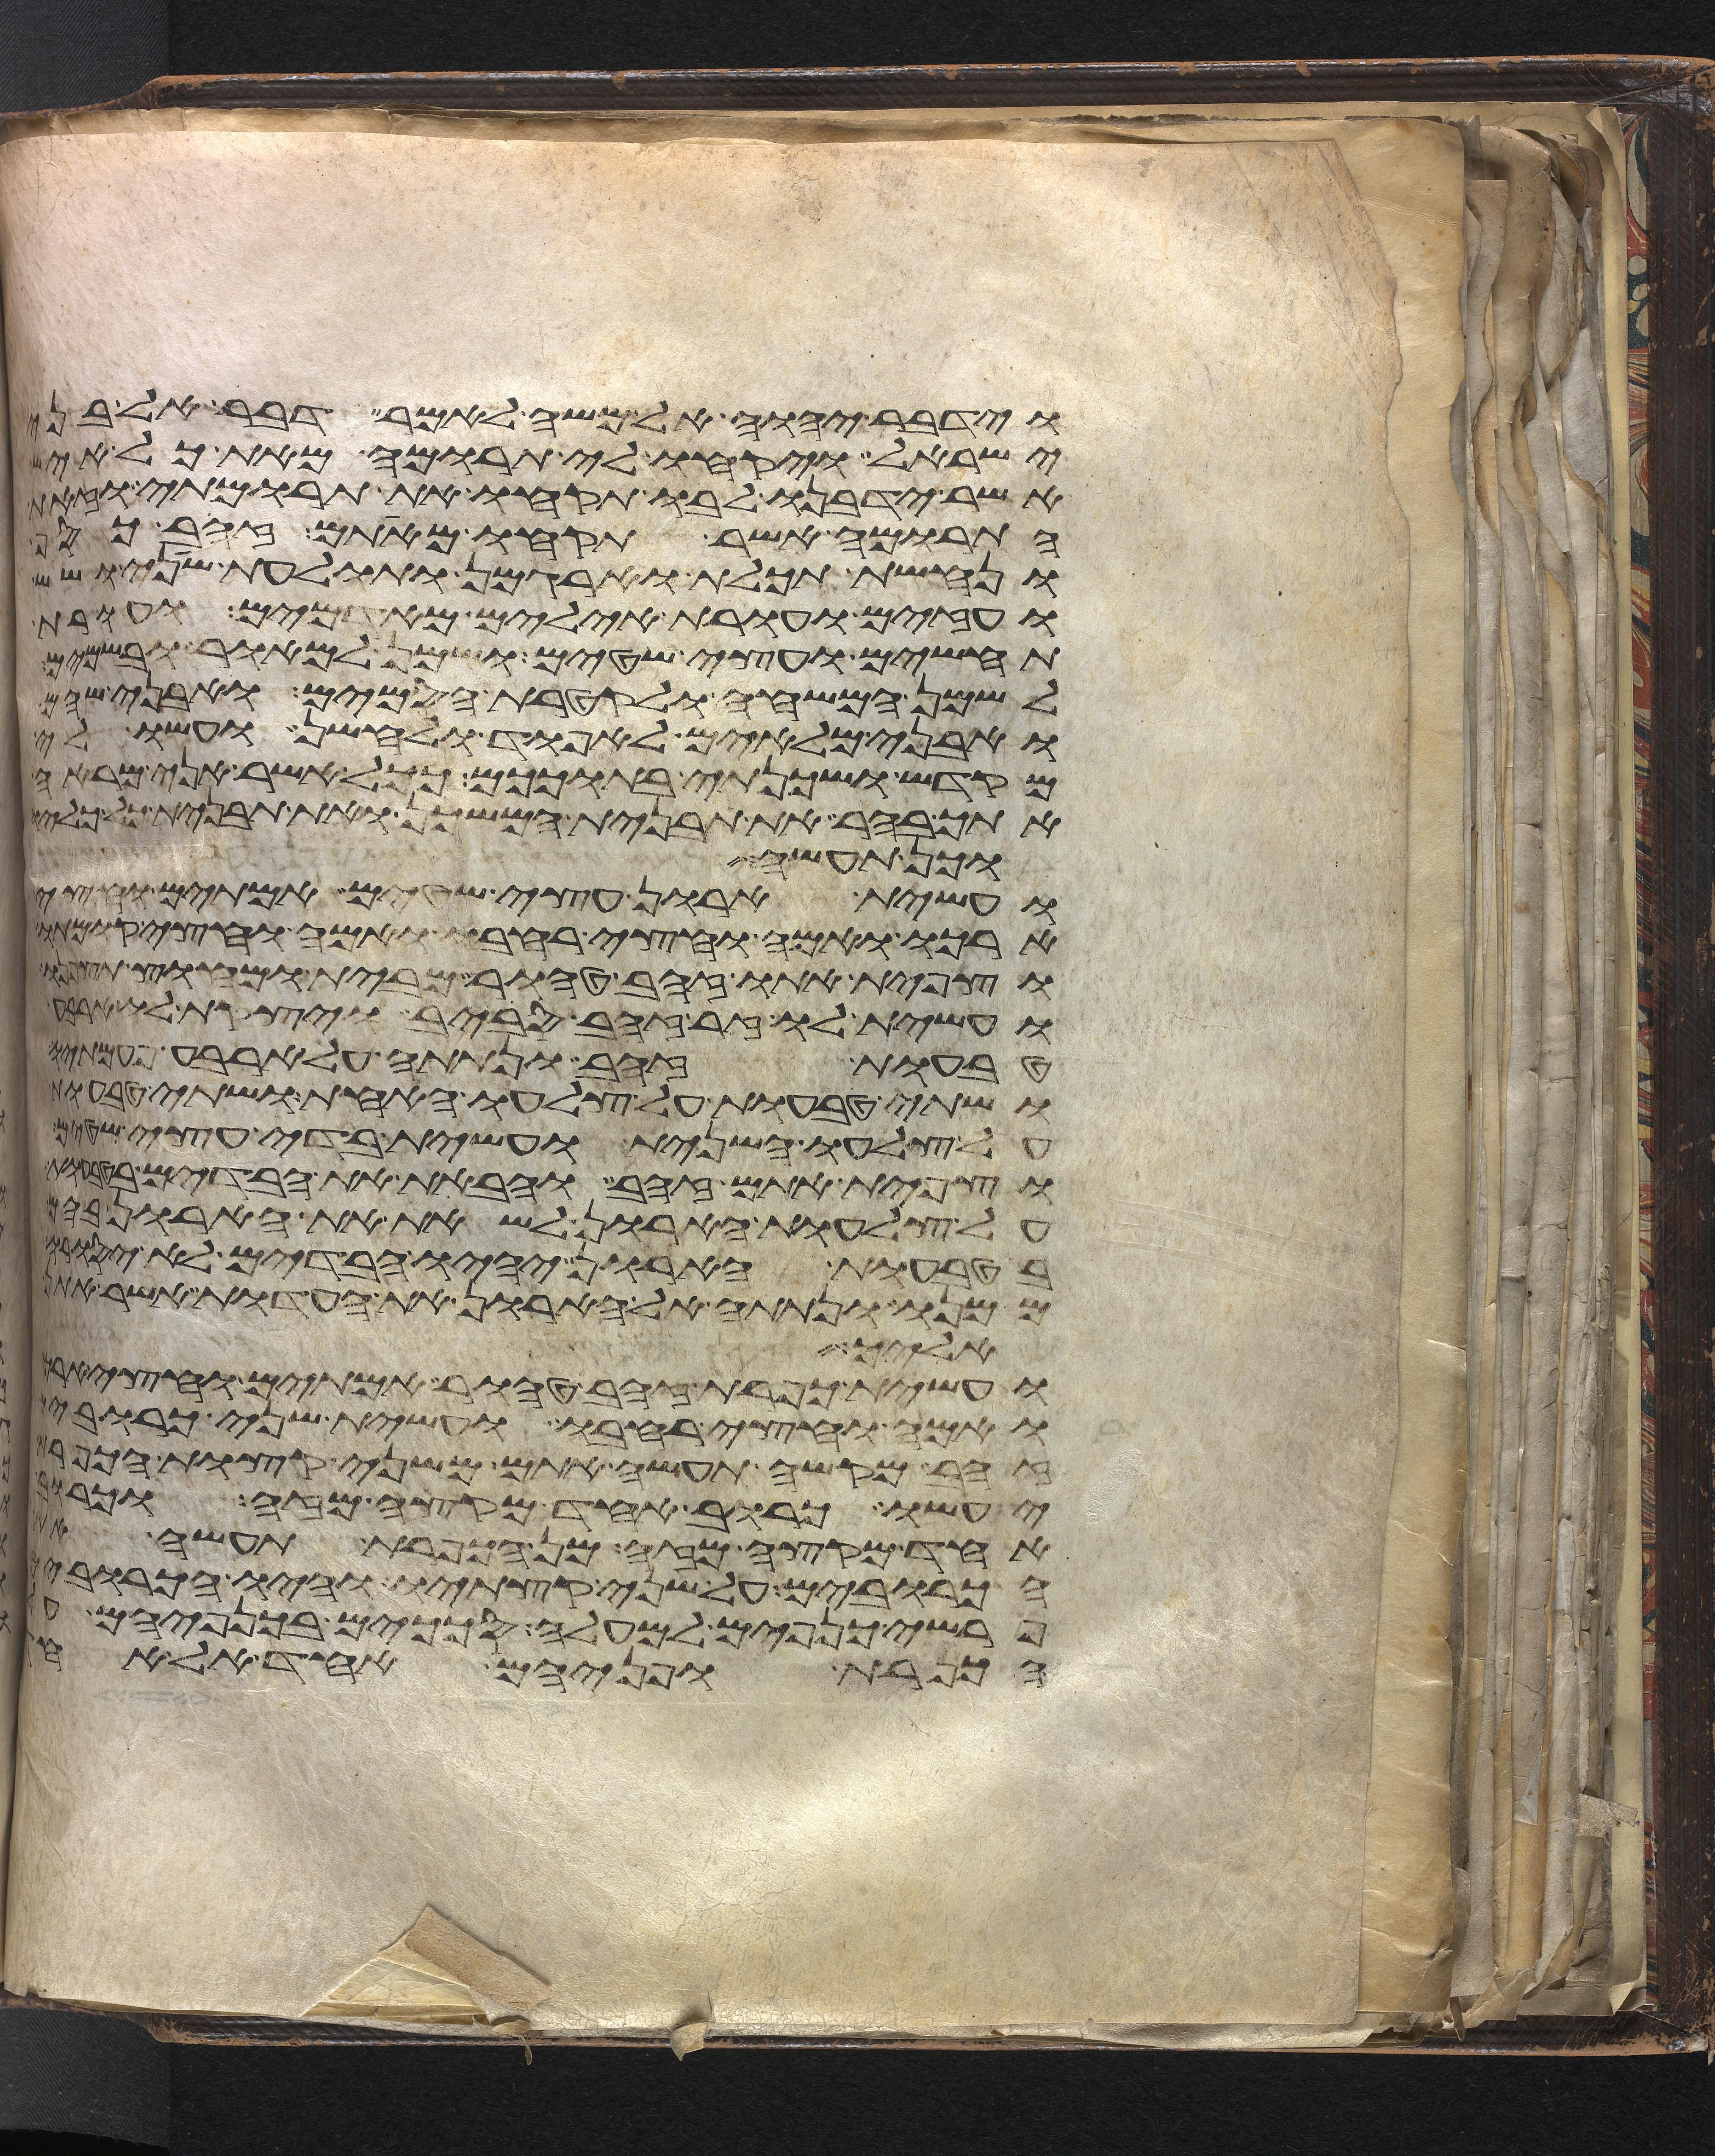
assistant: וידבר יהוה אל משה לאמר דבר אל בני
ישראל ויקחו לי תרומה מאת כל איש
אשר ידבנו לבו תקחו את תרומתי וזאת
התרומה אשר תקחו מאתם זהב כסף
ונחשת תכלת וארגמן ותולעת שני ושש
ועזים ועורת אילים מאדמים ועורת
תחשים ועצי שטים ושמן למאור ובשמים
לשמן המשחה ולקטרת הסמים ואבני שהם
ואבני מלאים לאפוד ולחשן ועשו לי
מקדש ושכנתי בתוככם ככל אשר אני מראה
אתך בהר את תבנית המשכן ואת תבנית כל כליו
וכן תעשה
ועשית ארון עצי שטים אמתים וחצי
ארכו ואמה וחצי רחבו ואמה וחצי קומתו
וצפית אתו זהב טהור מבית ומחוץ
ועשית לו זר זהב סביב ויצקת לו ארבע
טבעות זהב ונתתה על ארבע פעמתיו
ושתי טבעות על צלעו האחד ושתי טבעות
על צלעו השני ועשית בדי עצי
וצפית אתם זהב והבאת את הבדים
על צלעות הארון לשאת את הארון
בטבעות הארון יהיו הבדים לא יסורו
ממנו ונתתה אל הארון את העדות אשר אתן
אליך
ועשית כפרת זהב טהור אמתים וחצי
ואמה וחצי רחבו ועשית שני כרובים
זהב מקשה תעשה אתם משני קצות הכפרת
יעשו כרוב אחד מקצה מזה וכרוב
אחד מקצה מזה מן הכפרת תעשה
הכרובים על שני קצתיו והיו הכרובים
פרשי כנפים למעלה סככים בכנפיהם
הכפרת ופניהם אחד אל אחד